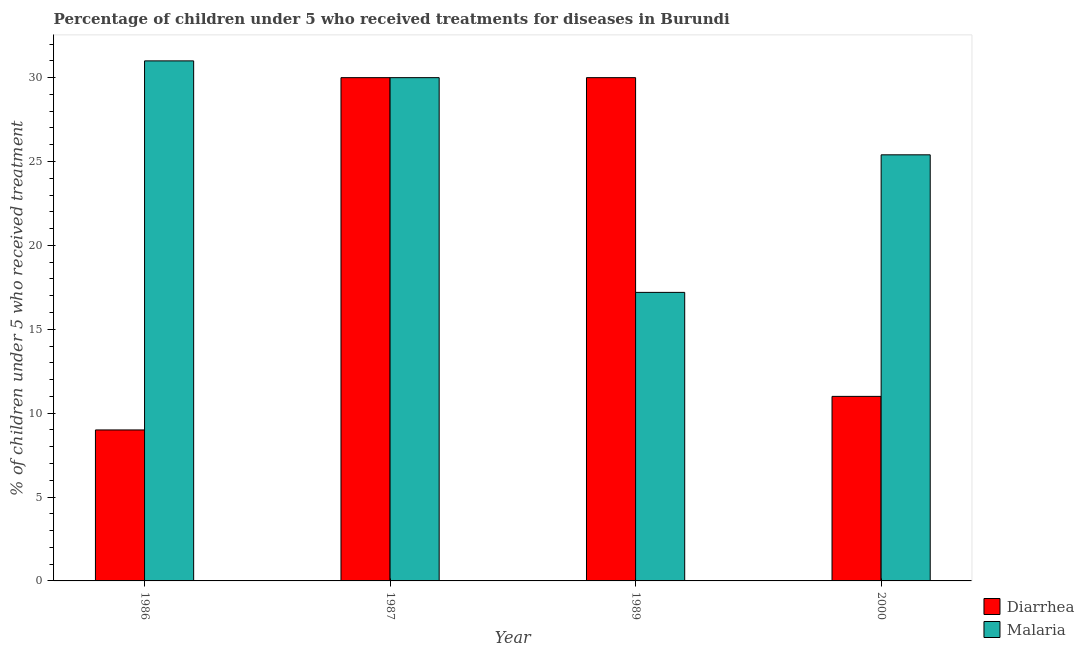
| Year | Diarrhea | Malaria |
 | --- | --- | --- |
 | 1986 | 9 | 31 |
 | 1987 | 30 | 30 |
 | 1989 | 30 | 17.2 |
 | 2000 | 11 | 25.4 |